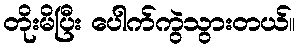
တိုးမိပြီး ပေါက်ကွဲသွားတယ်။